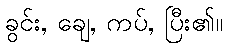
ခွင်း, ချေ, ကပ်, ပြီး၏။